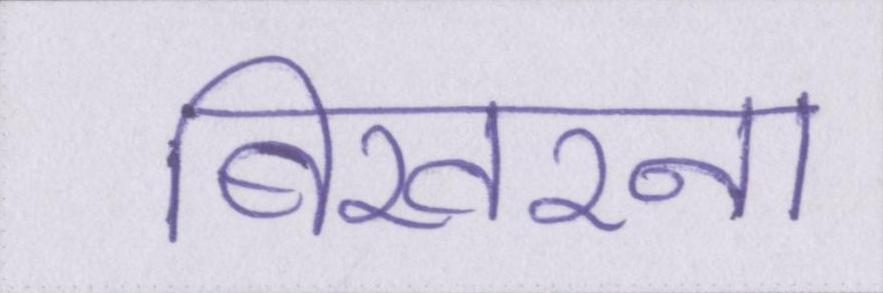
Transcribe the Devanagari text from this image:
बिखरना